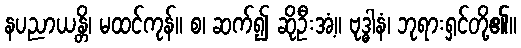
နပညာယန္တိ၊ မထင်ကုန်။ စ၊ ဆက်၍ ဆိုဦးအံ့။ ဗုဒ္ဓါနံ၊ ဘုရားရှင်တို့၏။